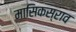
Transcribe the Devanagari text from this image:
मासिकस्राव